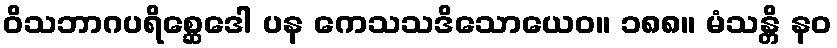
ဝိသဘာဂပရိစ္ဆေဒေါ ပန ကေသသဒိသောယေဝ။ ၁၈၈။ မံသန္တိ နဝ